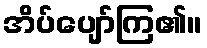
အိပ်ပျော်ကြ၏။